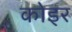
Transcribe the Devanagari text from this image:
कोइर